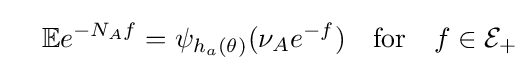
\quad \mathbb {E} e^{-N_{A}f}=\psi _{h_{a}(\theta )}(\nu _{A}e^{-f})\quad {\text{for}}\quad f\in {\mathcal {E}}_{+}